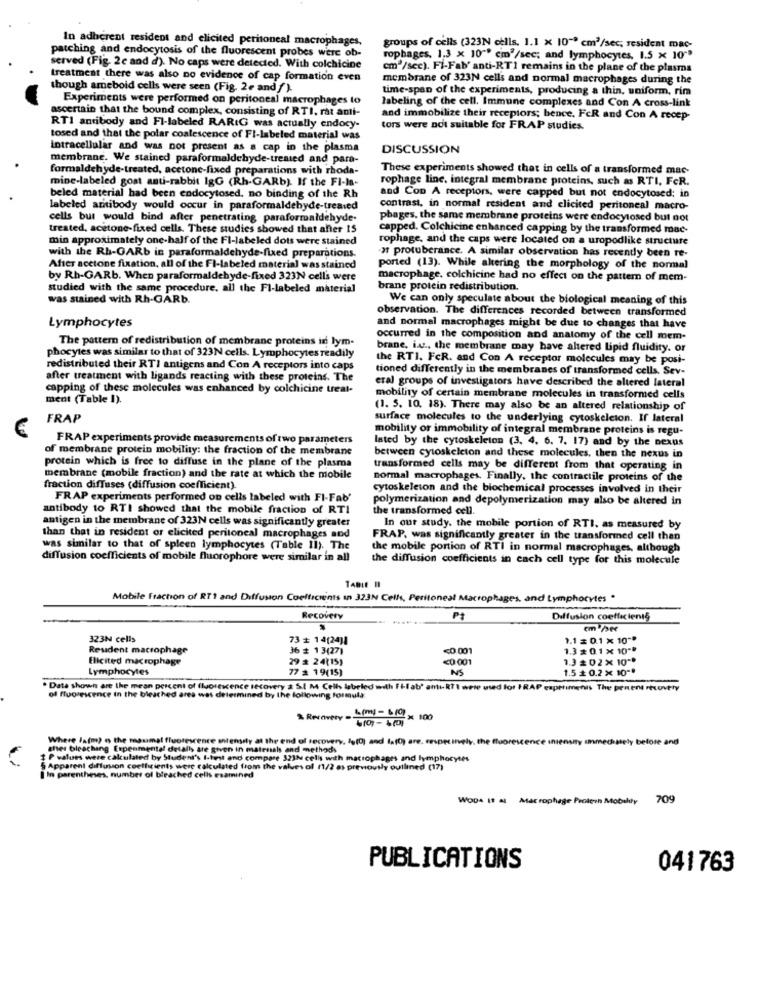
In adherent resident and elicited peritoneal macrophages,
groups of cells (323N cells. 1.1 × 10- cm3/sec, resident mac-
patching and endocytosis of the fluorescent probes were ob-
rophages, 1.3 x 10"" cm'/sec; and lymphocytes, 1.5 x 10""
served (Fig. 2c and d). No caps were detected. With colchicine
cm2/sec). Fi-Fab' anti-RTI remains in the plane of the plasma
treatment there was also no evidence of cap formation even
membrane of 323N cells and normal macrophages during the
though ameboid cells were seen (Fig. 2e and f ).
time-span of the experiments, producing a thin, uniform, rim
Experiments were performed on peritoneal macrophages to
labeling of the cell. Immune complexes and Con A cross-link
ascertain that the bound complex, consisting of RTI, rat anti-
and immobilize their receptors; hence, FcR and Con A recep-
RTI antibody and Fl-labeled RARIG was actually endocy-
tors were not suitable for FRAP studies.
tosed and that the polar coalescence of Fl-labeled material was
intracellular and was not present as a cap in the plasma
DISCUSSION
membrane. We stained paraformaldehyde-treated and para-
formaldehyde-treated, acetone-fixed preparations with rhoda-
These experiments showed that in cells of a transformed mac-
mine-labeled gost anti-rabbit IgG (Rh-GARb). If the FI-M-
rophage line. integral membrane proteins, such as RTI, FeR.
beled material had been endocytosed. no binding of the Rh
and Con A receptors, were capped but not endocytosed: in
labeled antibody would occur in paraformaldehyde-treated
contrast, in normal resident and elicited peritoneal macro-
cells but would bind after penetrating paraformaldehyde.
phages, the same membrane proteins were endocytosed but not
treated, acetone-fixed cells. These studies showed that after 15
capped. Colchicine enhanced capping by the transformed mac-
min approximately one-half of the Fl-labeled dots were stained
rophage, and the caps were located on a uropodlike structure
at protuberance. A similar observation has recently been re-
with the Rh-GARb in paraformaldehyde-fixed preparations.
After acetone fixation, all of the FI-labeled material was stained
ported (13). While altering the morphology of the normal
by Rh-GARb. When paraformaldehyde-fixed 323N cells were
macrophage, colchicine had no effect on the pattern of mem-
studied with the same procedure. all the FI-labeled material
brane protein redistribution.
was stained with Rh-GARb.
We can only speculate about the biological meaning of this
observation. The differences recorded between transformed
Lymphocytes
and normal macrophages might be due to changes that have
The pattern of redistribution of membrane proteins in lym-
occurred in the composition and anatomy of the cell mem-
brane, inc ., the membrane may have altered Lipid fluidity. or
phocytes was similar to that of 323N cells. Lymphocytes readily
the RTI. FcR. and Con A receptor molecules may be posi-
redistributed their RTI antigens and Con A receptors into caps
tioned differently in the membranes of transformed cells. Sev-
after treatment with ligands reacting with these proteins. The
eral groups of investigators have described the altered lateral
capping of these molecules was enhanced by colchicine treat-
ment (Table 1).
mobility of certain membrane molecules in transformed cells
(1. 5. 10. 18). There may also be an altered relationship of
FRAP
surface molecules to the underlying cytoskeleton. If lateral
mobility or immobility of integral membrane proteins is regu-
FRAP experiments provide measurements of two parameters
lated by the cytoskeleton (3, 4. 6. 7. 17) and by the nexus
of membrane protein mobility: the fraction of the membrane
protein which is free to diffuse in the plane of the plasma
between cytoskeleton and these molecules, then the nexus in
transformed cells may be different from that operating in
membrane (mobile fraction) and the rate at which the mobile
normal macrophages. Finally, the contractile proteins of the
fraction diffuses (diffusion coefficient).
cytoskeleton and the biochemical processes involved in their
FRAP experiments performed on cells labeled with FI-Fab'
polymerization and depolymerization may also be altered in
antibody to RTI showed that the mobile fraction of RTI
the transformed cell.
antigen in the membrane of 323N cells was significantly greater
In our study. the mobile portion of RTI. as measured by
than that in resident or elicited peritoneal macrophages and
FRAP, was significantly greater in the transformed cell than
was similar to that of spleen lymphocytes (Table 11). The
the mobile portion of RTI in normal macrophages, although
diffusion coefficients of mobile fluorophore were similar in all
the diffusion coefficients in each cell type for this molecule
Mobile fraction of RT1 and Diffusion Coefficients in 323N Cells, Peritoneal Macrophages, and Lymphocytes "
Recovery
Diffusion coefficients
323N cells
73 # 14(24)1
1.1 z 0.1 x 10 **
Resident macrophage
36 # 13(27)
<0.001
1.3 # 0.1 x 10 **
Elicited macrophage
29 # 24(15)
<0.001
1.3 £02x 10 **
Lymphocytes
77 x 19(15)
NS
1.5 x 0.2 × 10""
. Date shown are the mean percent of fluorescence recovery a S.[ M Cells labeled with Fhab' anti-RTI were used for IRAP exprimenis The percent recovery
of fluorescence in the bleached ares was determined by the following formula
& Recovery =
L(m) - &10) × 100
6101- 6(0)
Where la(m) of the manimal fluorescence intensity at the end of recovery. Io(0) and 1.(0) are, respecinely, the floore
before and
after bleaching Erpenmental detalls are given in materials and methods
$ P values were calculated by Student's I-host and compare 323% cells with macrophages and lymphocytes
§ Apparent diffusion coefficients were calculated from the valuesof 11/2 as previously outlined (17)
I In parentheses, number of bleached cells esamined
WODA It a Macrophage Protein Mobily 709
PUBLICATIONS
041763